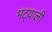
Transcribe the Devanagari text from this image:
भट्याली